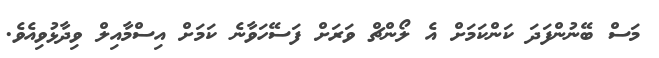
މަސް ބޭނުންފަދަ ކަންކަމަށް އެ ލޯންޗް ވަރަށް ފަސޭހަވާނެ ކަމަށް އިސްމާއިލް ވިދާޅުވިއެވެ.